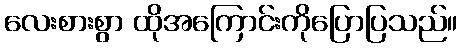
လေးစားစွာ ထိုအကြောင်းကိုပြောပြသည်။